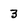
Character: 3